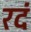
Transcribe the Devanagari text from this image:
रदं